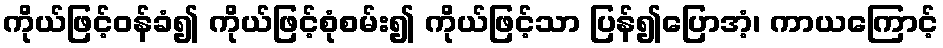
ကိုယ်ဖြင့်ဝန်ခံ၍ ကိုယ်ဖြင့်စုံစမ်း၍ ကိုယ်ဖြင့်သာ ပြန်၍ပြောအံ့၊ ကာယကြောင့်